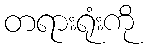
တရားရုံးကို